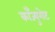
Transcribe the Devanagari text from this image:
काँज्युगेट